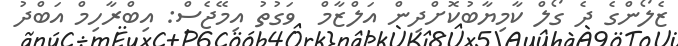
ޒެލޯންގެ ދެ ގޯލް ކާމިޔާބުކޮށްދިން އަލްޒާމް  ވަގުތު އިމޭޖެސް: އިބްރާހިމް އަބްދު